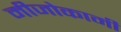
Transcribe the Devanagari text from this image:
मीजोकामी